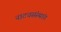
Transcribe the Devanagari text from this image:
नाट्यसंस्थांत